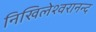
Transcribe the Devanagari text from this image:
निखिलेश्वरानन्द